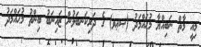
މިއީ މާތް ނަބިއްޔާ މުޙައްމަދު (ޞޢޥ) ގެ ދަރިކަނބަލުން ޒައިނަބު ބިންތު މުޙައްމަދު